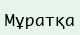
Мұратқа